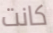
كانت